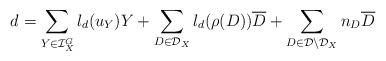
LaTeX: \begin{align*}d=\sum_{Y\in \mathcal{I}_X^G} l_d(u_Y) Y + \sum_{D\in \mathcal{D}_X} l_d(\rho(D)) \overline{D} +\sum_{D\in \mathcal{D}\setminus \mathcal{D}_X}n_D \overline{D}\end{align*}